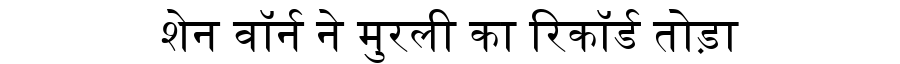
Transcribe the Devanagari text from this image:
शेन वॉर्न ने मुरली का रिकॉर्ड तोड़ा